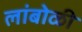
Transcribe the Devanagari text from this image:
लांबोळी